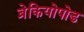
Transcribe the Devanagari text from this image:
ब्रेकियोपोड